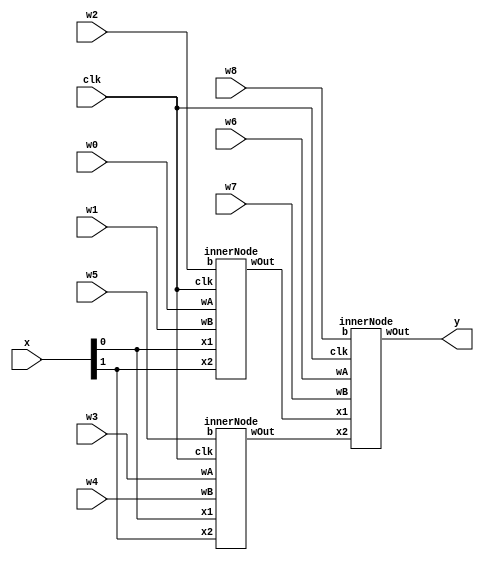
module simpleNet (input [1:0]x , 
                input clk, 
                  input signed [3:0] w0,
                  input signed [3:0] w1,
                  input signed [3:0] w2,
                  input signed [3:0] w3,
                  input signed [3:0] w4,
                  input signed [3:0] w5,
                  input signed [3:0] w6,
                  input signed [3:0] w7,
                  input signed [3:0] w8,
                  output y);
 
  wire y1;
  wire y2;
  wire y3;
  
  assign y = y3;
  
  innerNode A(clk,x[0],x[1],w0,w1,w2,y1);
  innerNode B(clk,x[0],x[1],w3,w4,w5,y2);
  innerNode C(clk,y1,y2,w6,w7,w8,y3);
  
endmodule


module innerNode(input clk, 
                 input x1, 
                 input x2, 
                 input signed [3:0]wA, 
                 input signed [3:0]wB, 
                 input signed [3:0]b, 
                 output wOut);

localparam signed [5:0] THRESHOLD = 6'd0;

wire  signed [5:0] holder;
reg result;
wire signed [5:0] x1_ext = {5'd0, x1};
wire signed [5:0] x2_ext = {5'd0, x2};

assign holder = ( x1_ext*wA+x2_ext*wB ) - b;

always @ (posedge clk)
begin
    if ( holder > THRESHOLD )  begin
      result <= 1'b1;
      end else begin
      result <= 1'b0;
    end
end

assign wOut = result;
  
endmodule